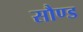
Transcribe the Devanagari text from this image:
सौण्ड